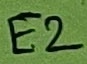
Text: E2